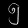
Digit: ၅